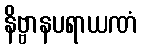
နိဗ္ဗာနပရာယဏံ